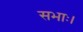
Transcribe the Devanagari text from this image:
सभाः।